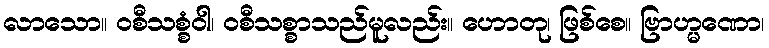
လာသော။ ဝစီသစ္စံဝါ၊ ဝစီသစ္စာသည်မူလည်း။ ဟောတု၊ ဖြစ်စေ။ ဗြာဟ္မဏော၊